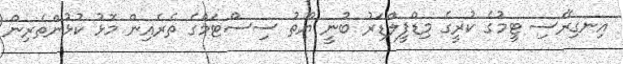
އިނގިރޭސި ޓީމުގެ ކުރީގެ މިޑްފީލްޑަރު ބުނީ ޔޫތު ސިސްޓަމްގެ ތެރެއިން މޮޅު ކުޅުންތެރިން